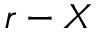
r - X